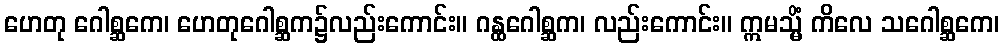
ဟေတု ဂေါစ္ဆကေ၊ ဟေတုဂေါစ္ဆက၌လည်းကောင်း။ ဂန္ထဂေါစ္ဆက၊ လည်းကောင်း။ ဣမသ္မိံ ကိလေ သဂေါစ္ဆကေ၊